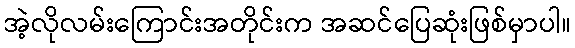
အဲ့လိုလမ်းကြောင်းအတိုင်းက အဆင်ပြေဆုံးဖြစ်မှာပါ။